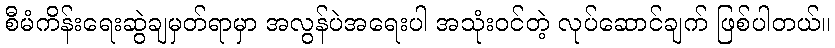
စီမံကိန်းရေးဆွဲချမှတ်ရာမှာ အလွန်ပဲအရေးပါ အသုံးဝင်တဲ့ လုပ်ဆောင်ချက် ဖြစ်ပါတယ်။